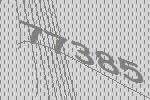
77385